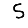
Digit: 5